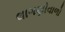
લાગણીવાળો